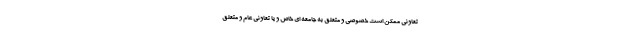
تعاونی ممکن است خصوصی و متعلق به جامعه ای خاص و یا تعاونی عام و متعلق